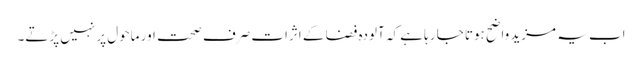
اب یہ مزید واضح ہوتا جا رہا ہے کہ آلودہ فضا کے اثرات صرف صحت اور ماحول پر نہیں پڑتے۔